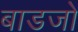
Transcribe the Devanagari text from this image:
बाडजो